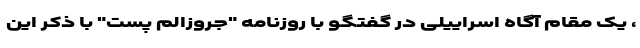
، یک مقام آگاه اسراییلی در گفتگو با روزنامه "جروزالم پست" با ذکر این